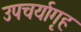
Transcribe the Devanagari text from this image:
उपचर्यागृह